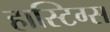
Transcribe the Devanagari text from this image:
हास्टिग्स